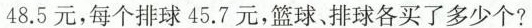
48.5元，每个排球45.7元，篮球、排球各买了多少个?